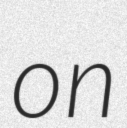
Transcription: on